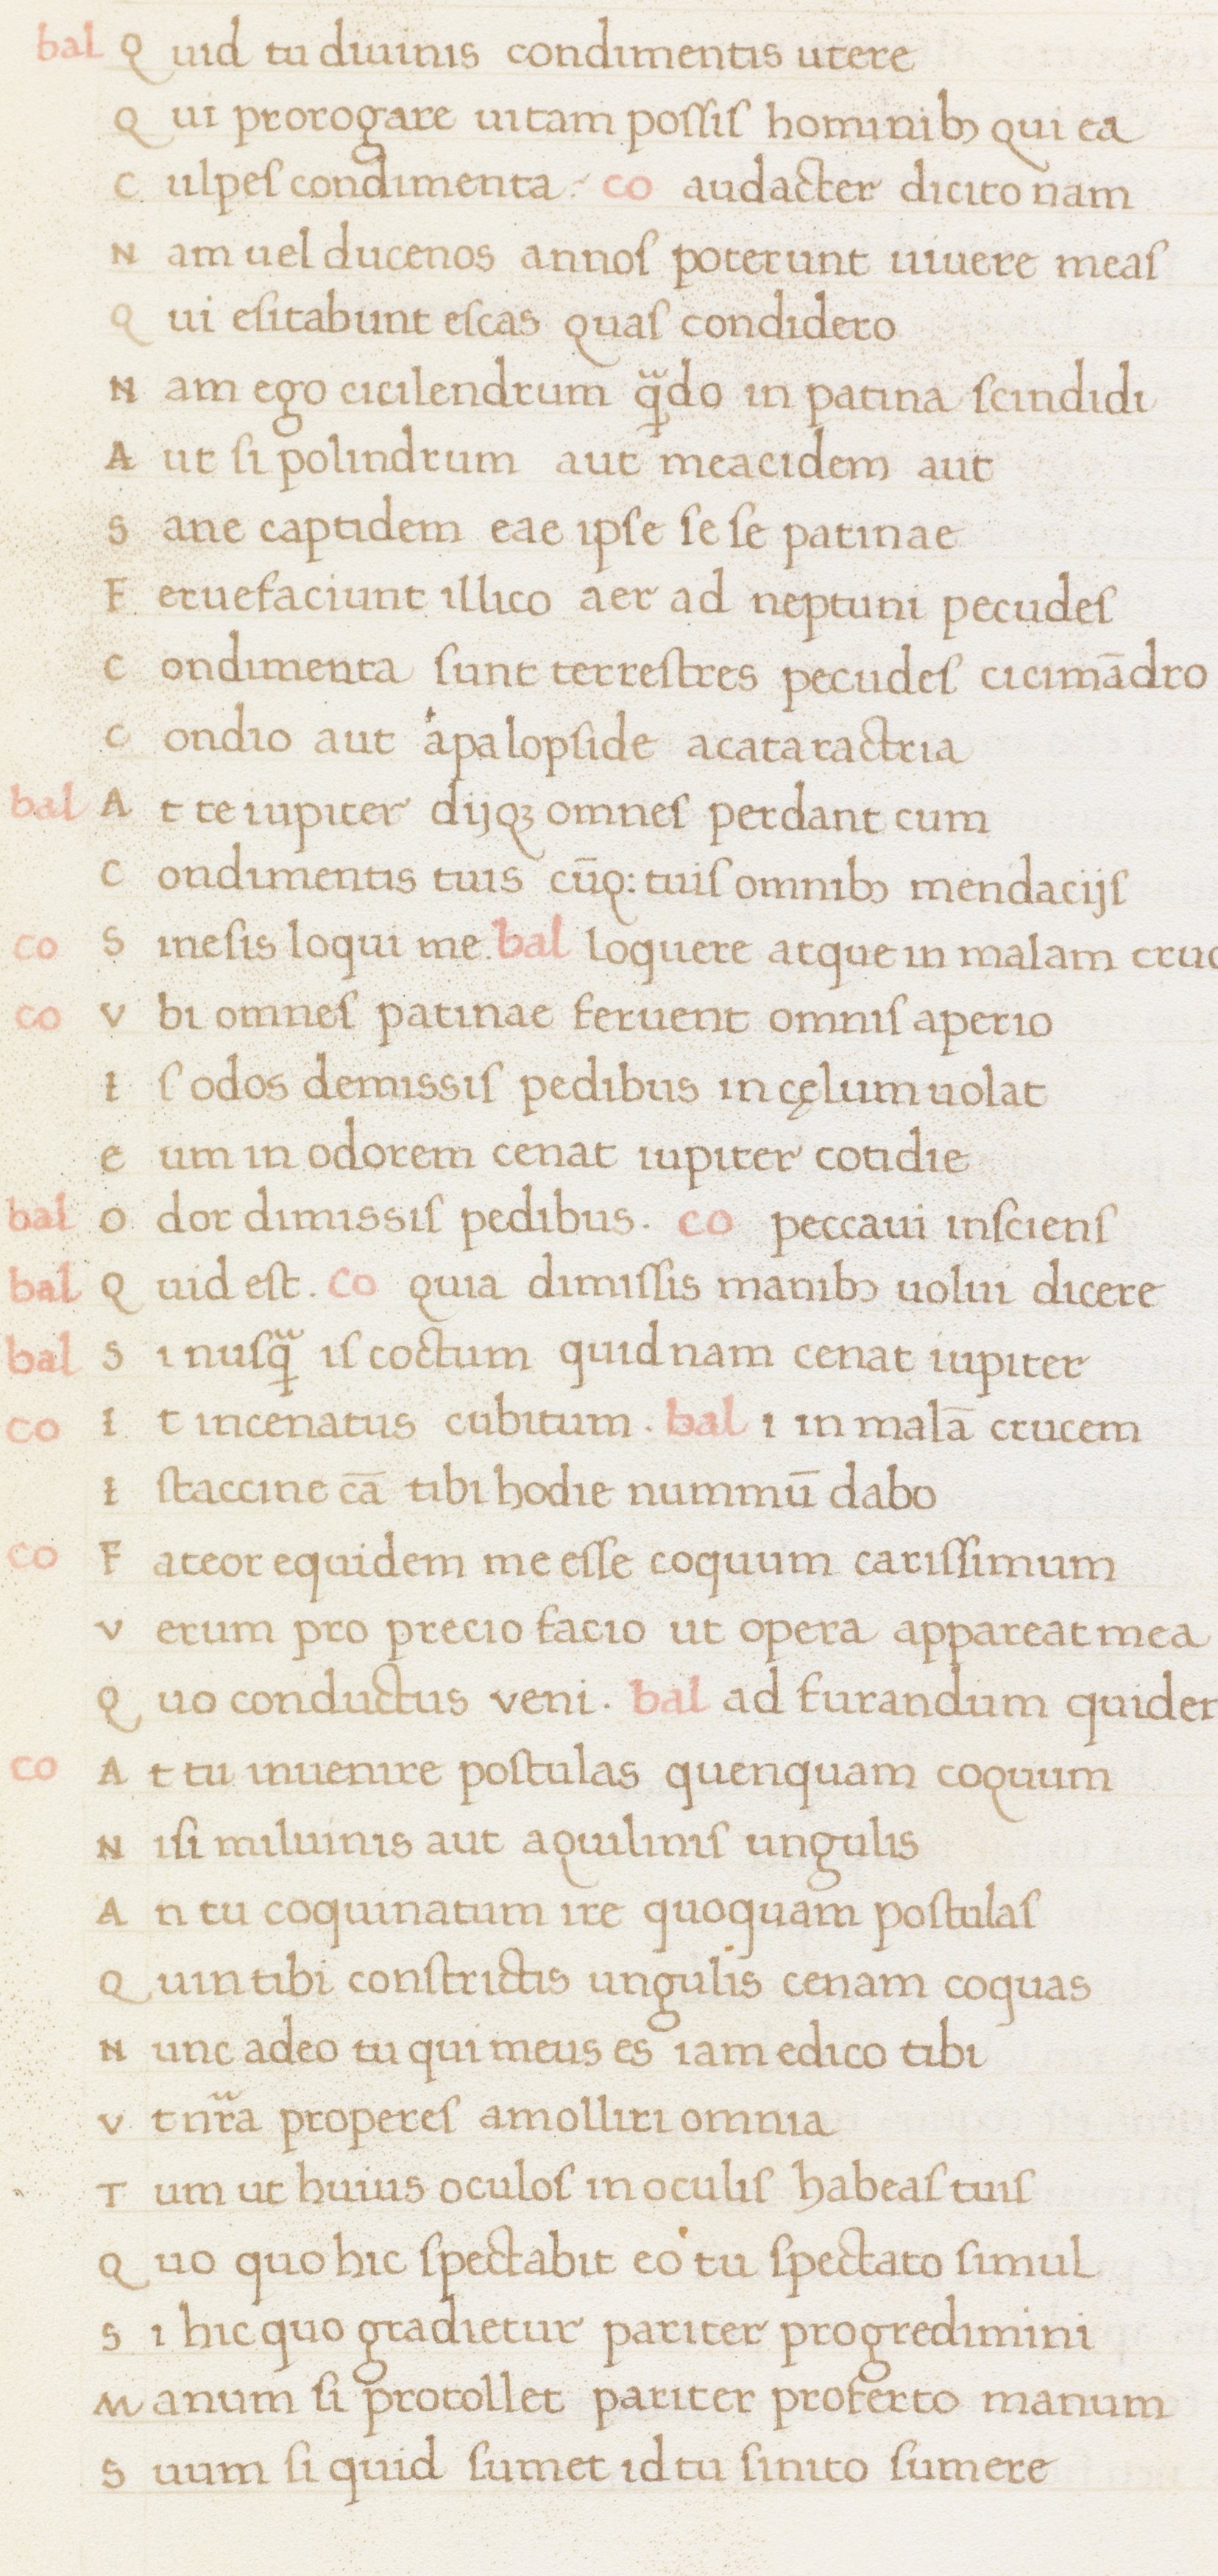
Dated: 1400–1499